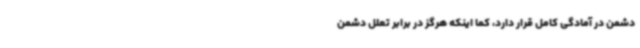
دشمن در آمادگی کامل قرار دارد، کما اینکه هرگز در برابر تعلل دشمن